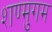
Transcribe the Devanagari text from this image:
शण्मुगम